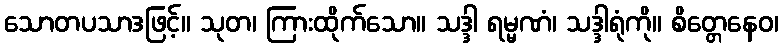
သောတပသာဒဖြင့်။ သုတ၊ ကြားထိုက်သော။ သဒ္ဒါ ရမ္မဏံ၊ သဒ္ဒါရုံကို။ စိတ္တေနေဝ၊